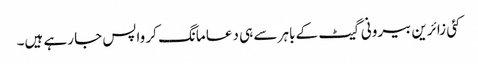
کئی زائرین بیرونی گیٹ کے باہر سے ہی دعا مانگ کر واپس جا رہے ہیں۔